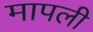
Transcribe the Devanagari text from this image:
मापली